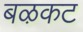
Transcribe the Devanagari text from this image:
बऴकट